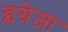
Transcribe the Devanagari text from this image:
इग्रेजा